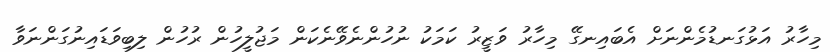
މިހާރު އަޅުގަނޑުމެންނަށް އެބައިނގޭ މިހާރު ވަޒީރު ކަމަކު ނުހުންނެވޭނެކަން މަޖުލީހުން ރުހުން ލިބިވަޑައިނުގަންނަވާ